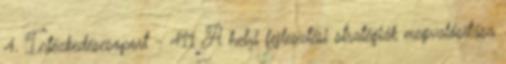
4. Intézkedéscsoport - 411 A helyi fejlesztési stratégiák megvalósítása